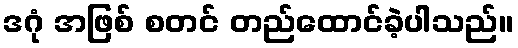
ဒဂုံ အဖြစ် စတင် တည်ထောင်ခဲ့ပါသည်။